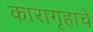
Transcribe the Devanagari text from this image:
कारागृहाचे